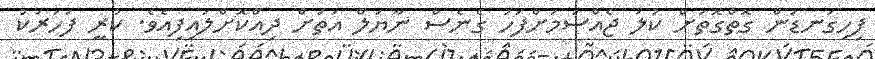
ފިހިގަނޑުން ގޮތްގޮތަށް ކުލަ ޖެއްސުމަށްފަހު ގެނެސް ނާޔަލް އަތަށް ދިއްކޮށްލައިފިއެވެ. ކުރީ ފަހަރަކު